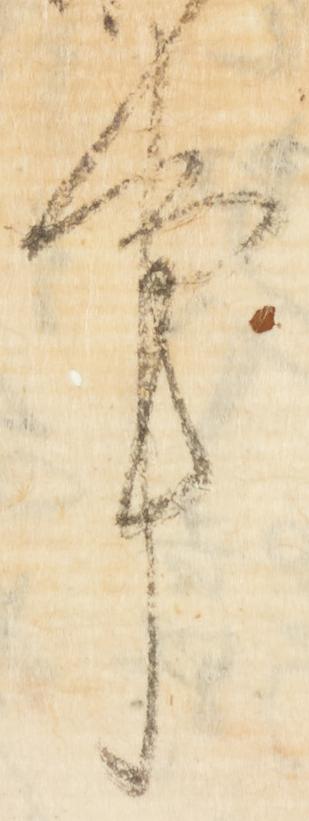
事